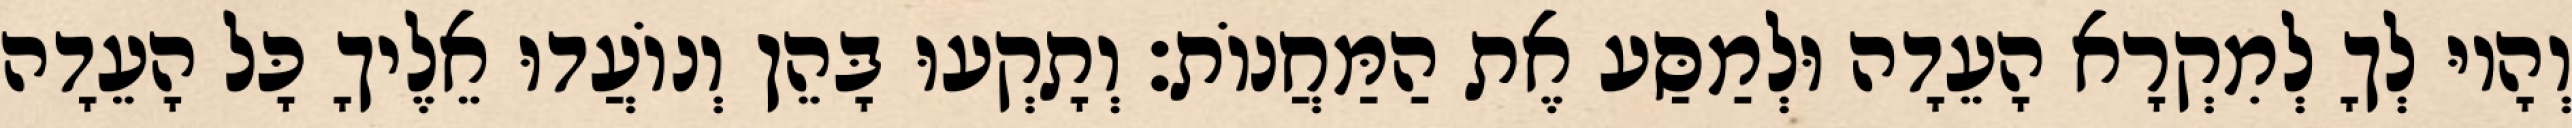
וְהָיוּ לְךָ לְמִקְרָא הָעֵדָה וּלְמַסַּע אֶת הַמַּחֲנוֹת׃ וְתָקְעוּ בָּהֵן וְנוֹעֲדוּ אֵלֶיךָ כָּל הָעֵדָה